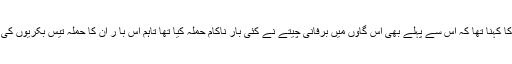
مقامی افراد کا کہنا تھا کہ اس سے پہلے بھی اس گاؤں میں برفانی چیتے نے کئی بار ناکام حملہ کیا تھا تاہم اس با ر ان کا حملہ تیس بکریوں کی جان لے لی۔